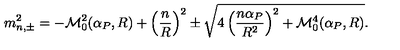
m _ { n , \pm } ^ { 2 } = - { \cal M } _ { 0 } ^ { 2 } ( \alpha _ { P } , R ) + \left( \frac { n } { R } \right) ^ { 2 } \pm \sqrt { 4 \left( \frac { n \alpha _ { P } } { R ^ { 2 } } \right) ^ { 2 } + { \cal M } _ { 0 } ^ { 4 } ( \alpha _ { P } , R ) } .